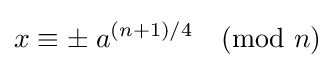
x\equiv \pm \;a^{(n+1)/4}{\pmod {n}}